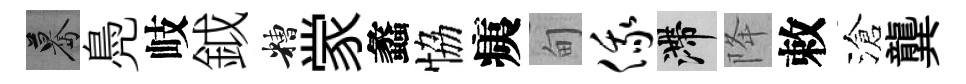
驀鳧岐鉞糟䝉蠡恊痍甸俄滯降敕滄龔